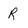
Character: R